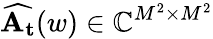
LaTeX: \mathbf{\widehat{A_{t}}}(w)\in\mathbb{C}^{M^{2}\times M^{2}}